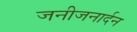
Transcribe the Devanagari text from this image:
जनीजनार्दन